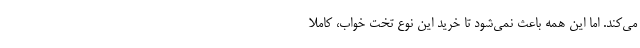
می‌کند. اما این همه باعث نمی‌شود تا خرید این نوع تخت خواب، کاملا